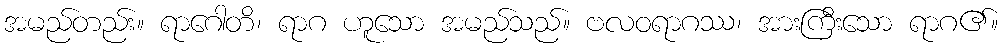
အမည်တည်း။ ရာဂေါတိ၊ ရာဂ ဟူသော အမည်သည်။ ဗလဝရာဂဿ၊ အားကြီးသော ရာဂ၏။